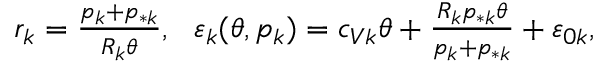
\begin{array} { r } { r _ { k } = \frac { p _ { k } + p _ { * k } } { R _ { k } \theta } , \ \ \varepsilon _ { k } ( \theta , p _ { k } ) = c _ { V k } \theta + \frac { R _ { k } p _ { * k } \theta } { p _ { k } + p _ { * k } } + \varepsilon _ { 0 k } , } \end{array}